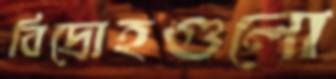
বিদ্রোহগুলো